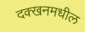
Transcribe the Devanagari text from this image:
दक्खनमधील